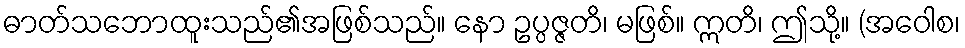
ဓာတ်သဘောထူးသည်၏အဖြစ်သည်။ နော ဥပ္ပဇ္ဇတိ၊ မဖြစ်။ ဣတိ၊ ဤသို့။ (အဝေါစ၊